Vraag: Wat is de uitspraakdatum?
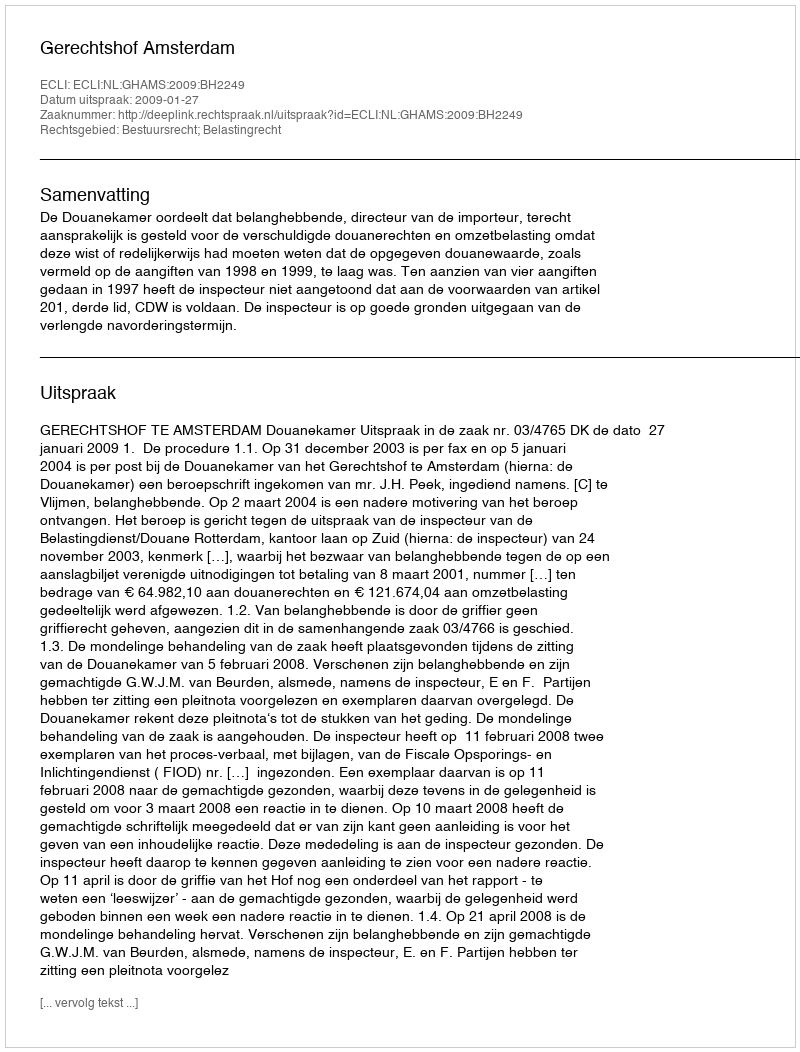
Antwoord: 2009-01-27